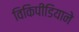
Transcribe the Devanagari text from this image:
विकिपीडियाने